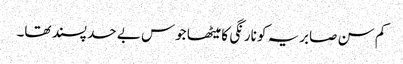
کم سن صابریہ کو نارنگی کا میٹھا جوس بے حد پسند تھا۔